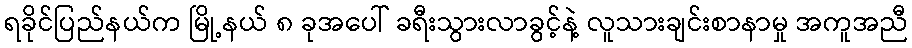
ရခိုင်ပြည်နယ်က မြို့နယ် ၈ ခုအပေါ် ခရီးသွားလာခွင့်နဲ့ လူသားချင်းစာနာမှု အကူအညီ